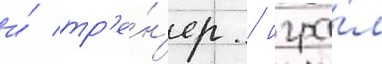
и́ тр'е́н'ер / игра́л